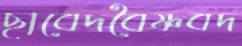
ছাবেদবৈষ্ণবদ